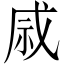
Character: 𫀄